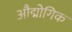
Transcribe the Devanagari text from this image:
औद्मोगिक